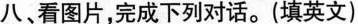
八看图片,完成下列对话.(填英文)